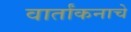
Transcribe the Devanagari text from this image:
वार्तांकनाचे